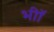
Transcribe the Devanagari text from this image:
भीॉ